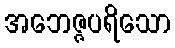
အဘေဇ္ဇပရိသော